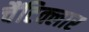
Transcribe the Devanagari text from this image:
चैंटिक्लार